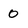
Character: 0